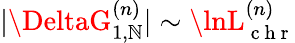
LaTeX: |\DeltaG_{1,\mathbb{N}}^{(n)}|\sim\lnL_{\mathrm{{~c~h~r~}}}^{(n)}